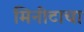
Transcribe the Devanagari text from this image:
मिनीटाचा